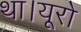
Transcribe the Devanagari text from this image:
था।यूरो